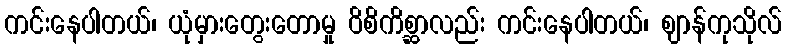
ကင်းနေပါတယ်၊ ယုံမှားတွေးတောမှု ဝိစိကိစ္ဆာလည်း ကင်းနေပါတယ်၊ ဈာန်ကုသိုလ်